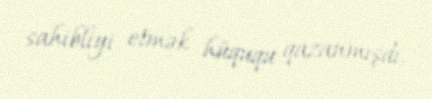
sahibliyi etmək hüququ qazanmışdı.